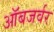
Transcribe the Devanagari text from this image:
ऑबजर्वर